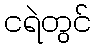
ငရဲတွင်